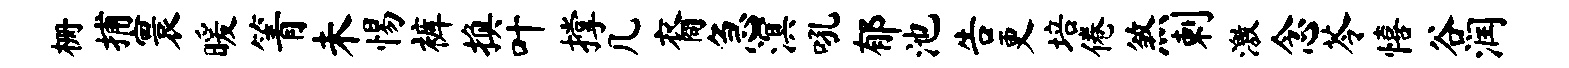
栅捕寰暖箐未惕裤换叶撑几裔急溟吼郁池告更培倦煞剌激念苓僖谷润